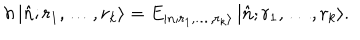
LaTeX: h \, | \hat { n } ; r _ { 1 } , \ldots , r _ { k } \rangle = E _ { | n ; r _ { 1 } , \ldots , r _ { k } \rangle } \, | \hat { n } ; r _ { 1 } , \ldots , r _ { k } \rangle .